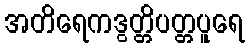
အတိရေကဒွတ္တိပတ္တပူရေ